Indian journal of veterinary science and animal husbandry - Volumes 18-21, 1948-1951
Year: 1948
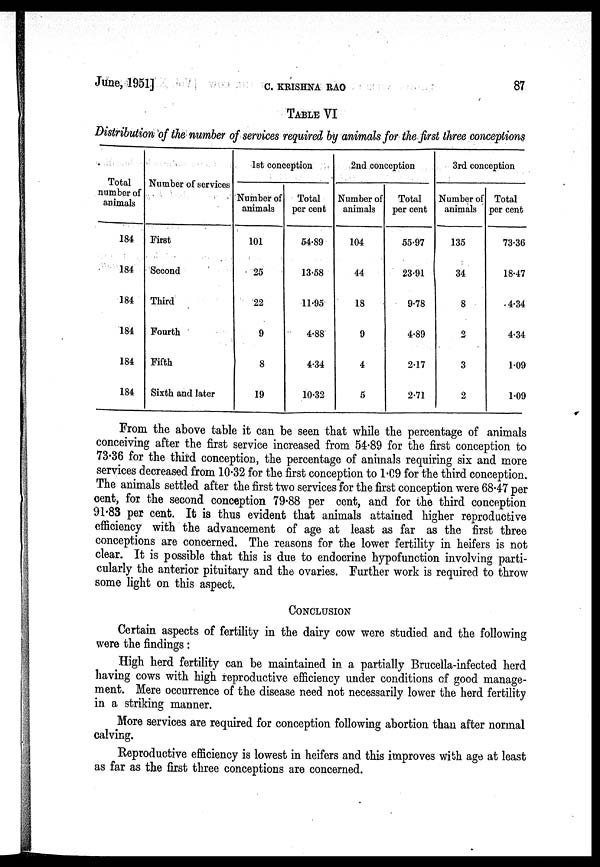
June, 1951]
C.
KRISHNA
RAO
87
TABLE VI
Distribution of the number of services required by animals for the first three conceptions
Total
number of
animals
184
184
184
184
184
184
Number of services
First
Second
Third
Fourth
Fifth
Sixth and later
1st conception
Number of
animals
101
25
22
9
8
19
Total
per cent
54.89
13.58
11.95
4.88
4.34
10.32
2nd conception
Number of
animals
104
44
18
9
4
5
Total
per cent
55.97
23.91
9.78
4.89
2.17
2.71
3rd conception
Number of
animals
135
34
8
2
3
2
Total
per cent
73.36
18.47
4.34
4.34
1.09
1.09
From the above table it can be seen that while the percentage of animals
conceiving after the first service increased from 54.89 for the first conception to
73.36 for the third conception, the percentage of animals requiring six and more
services decreased from 10.32 for the first conception to 1.09 for the third conception.
The animals settled after the first two services for the first conception were 68.47 per
cent, for the second conception 79.88 per cent, and for the third conception
91.83 per cent. It is thus evident that animals attained higher reproductive
efficiency with the advancement of age at least as far as the first three
conceptions are concerned. The reasons for the lower fertility in heifers is not
clear. It is possible that this is due to endocrine hypofunction involving parti-
cularly the anterior pituitary and the ovaries. Further work is required to throw
some light on this aspect.
CONCLUSION
Certain aspects of fertility in the dairy cow were studied and the following
were the findings:
High herd fertility can be maintained in a partially Brucella.infected herd
having cows with high reproductive efficiency under conditions of good manage-
ment. Mere occurrence of the disease need not necessarily lower the herd fertility
in a striking manner.
More services are required for conception following abortion than after normal
calving.
Reproductive efficiency is lowest in heifers and this improves with age at least
as far as the first three conceptions are concerned.